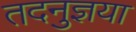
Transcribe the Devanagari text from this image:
तदनुज्ञया